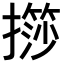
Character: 𢶌